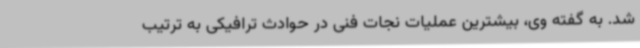
شد. به گفته وی، بیشترین عملیات نجات فنی در حوادث ترافیکی به ترتیب